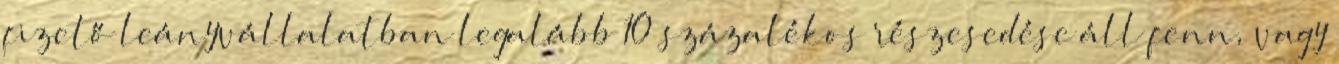
fizető leányvállalatban legalább 10 százalékos részesedése áll fenn, vagy